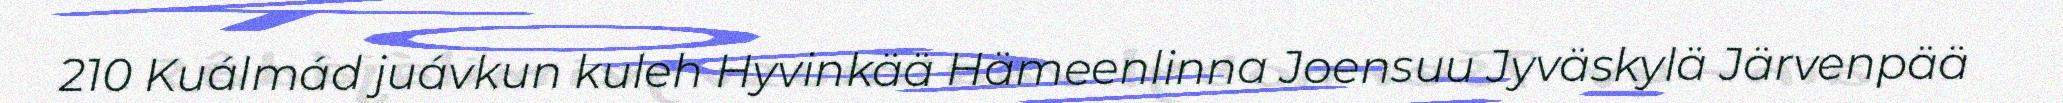
210 Kuálmád juávkun kuleh Hyvinkää Hämeenlinna Joensuu Jyväskylä Järvenpää